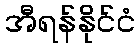
အီရန်နိုင်ငံ